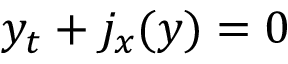
y _ { t } + j _ { x } ( y ) = 0